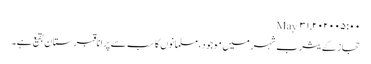
May ۳۱, ۲۰۲۰ ۰۵:۰۰
حجاز کے یثرب شہرمیں موجود، مسلمانوں کا سب سے پرانا قبرستان بقیع ہے۔